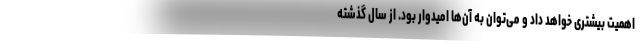
اهمیت بیشتری خواهد داد و می‌توان به آن‌ها امیدوار بود. از سال گذشته